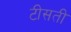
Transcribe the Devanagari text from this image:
टीसती